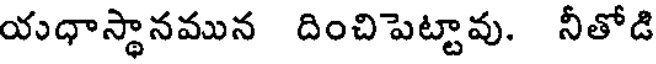
యధాస్థానమున దించిపెట్టావు. నీతోడి